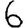
Digit: 6